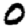
Digit: 0